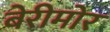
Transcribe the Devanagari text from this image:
बेरीमोर